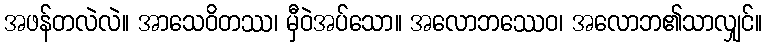
အဖန်တလဲလဲ။ အာသေဝိတဿ၊ မှီဝဲအပ်သော။ အလောဘဿေဝ၊ အလောဘ၏သာလျှင်။